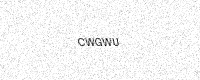
Text: CWGWU